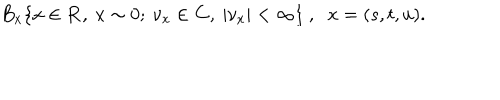
LaTeX: B _ { x } \{ x \in { \bf R } , \ x \sim 0 ; \ { \nu } _ { x } \in { \bf C } , \ | { \nu } _ { x } | < \infty \} \ , \, \, \ x = ( s , t , u ) .